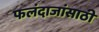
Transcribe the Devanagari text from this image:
फलंदाजांसाठी